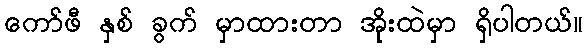
ကော်ဖီ နှစ် ခွက် မှာထားတာ အိုးထဲမှာ ရှိပါတယ်။